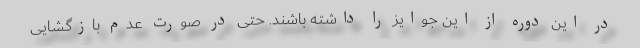
در این دوره از این جوایز را داشته باشند. حتی در صورت عدم بازگشایی